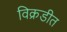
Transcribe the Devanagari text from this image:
विक्रडीत